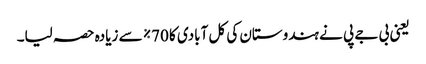
یعنی بی جے پی نے ہندوستان کی کل آبادی کا 70٪ سے زیادہ حصہ لیا۔